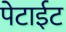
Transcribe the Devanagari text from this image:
पेटाईट